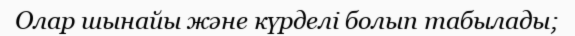
Олар шынайы және күрделі болып табылады;